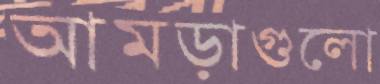
আমড়াগুলো